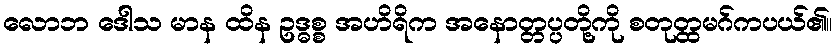
လောဘ ဒေါသ မာန ထိန ဥဒ္ဓစ္စ အဟိရိက အနောတ္တပ္ပတို့ကို စတုတ္ထမဂ်ကပယ်၏။